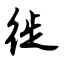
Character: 徙